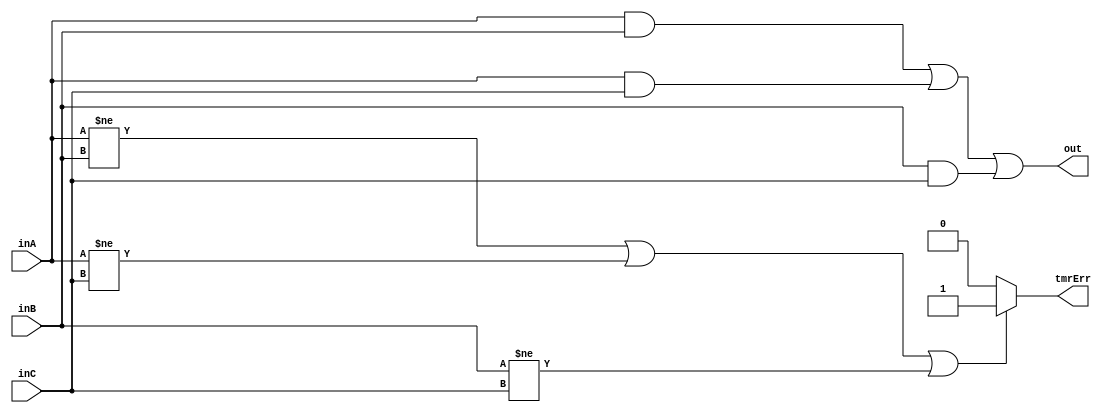
// SPDX-FileCopyrightText: 2023 Board of Regents, The University of Texas System
// SPDX-FileAttributionText: <text>This software was developed with government support under Grant no. DE-SC0023055 awarded by the Department of Energy. The government has certain rights in the copyright.</text>
//
// SPDX-License-Identifier: BSD-3-Clause

module majorityVoter #(
  parameter WIDTH = 1
)( 
  input wire  [WIDTH-1:0] inA,
  input wire  [WIDTH-1:0] inB,
  input wire  [WIDTH-1:0] inC,
  output wire [WIDTH-1:0] out,
  output reg              tmrErr
);
  assign out = (inA&inB) | (inA&inC) | (inB&inC);
  always @(inA or inB or inC) begin
    if (inA!=inB || inA!=inC || inB!=inC)
      tmrErr = 1;
    else
      tmrErr = 0;
  end
endmodule